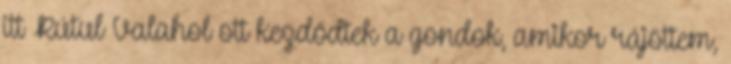
itt Rútul Valahol ott kezdődtek a gondok, amikor rájöttem,